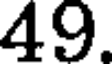
49.